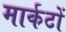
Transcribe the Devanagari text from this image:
मार्कटों